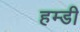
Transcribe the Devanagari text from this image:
हम्डी